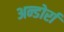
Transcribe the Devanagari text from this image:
अन्डोर्रा